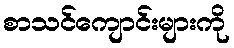
စာသင်ကျောင်းများကို